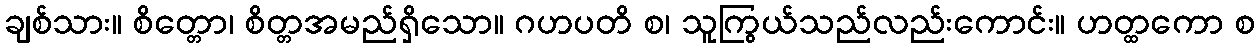
ချစ်သား။ စိတ္တော၊ စိတ္တအမည်ရှိသော။ ဂဟပတိ စ၊ သူကြွယ်သည်လည်းကောင်း။ ဟတ္ထကော စ